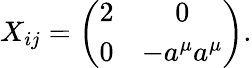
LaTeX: X_{ij}=\left(\begin{array}{cc}{{2}}&{{0}}\\ {{0}}&{{-a^{\mu}a^{\mu}}}\end{array}\right).